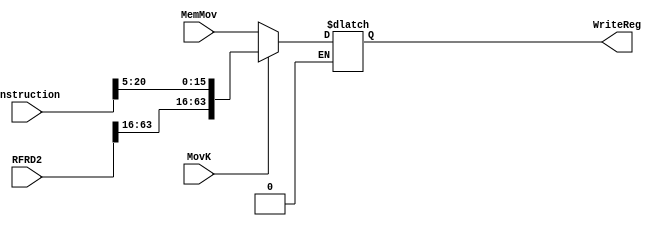
module movk(instruction, RFRD2, WriteReg, MovK, MemMov);

input [31:0] instruction;
input [63:0] RFRD2, MemMov;
input MovK;

output reg [63:0] WriteReg;

always@(instruction, MovK, MemMov, RFRD2)
begin

if (MovK==1)
    WriteReg={RFRD2[63:16], instruction[20:5]};
else if (MovK==0)
    WriteReg=MemMov;

end

endmodule